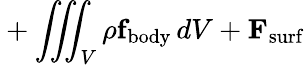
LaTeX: \displaystyle{}+\iiint_{\scriptstyle V}\rho\mathbf{f}_{\mathrm{body}}\, dV+\mathbf{F}_{\mathrm{surf}}